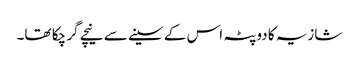
شازیہ کا دوپٹہ اس کے سینے سے نیچے گر چکا تھا۔